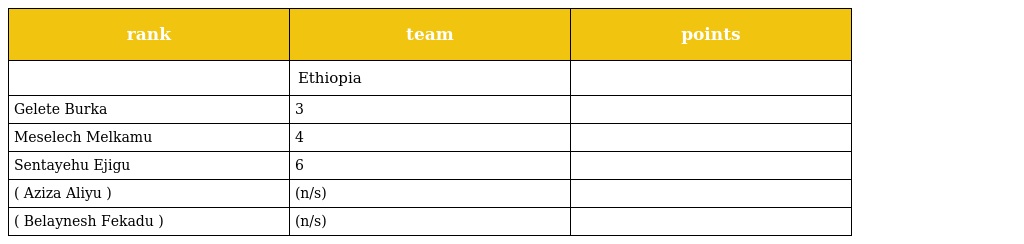
| rank | team | points |
 | --- | --- | --- |
 |  | Ethiopia |  |
 | Gelete Burka | 3 |  |
 | Meselech Melkamu | 4 |  |
 | Sentayehu Ejigu | 6 |  |
 | ( Aziza Aliyu ) | (n/s) |  |
 | ( Belaynesh Fekadu ) | (n/s) |  |